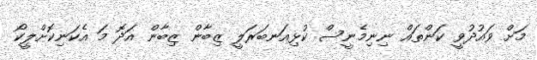
މަށް ވައުދުވީ ކަންތައް ނިނިމެނީސް ކުޅިއަނބަރަލީ ޒިބާން ޒިބާން އަދޮ މަ އެކަނިކޮށްލީކޯ